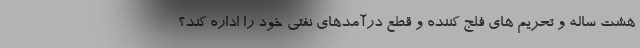
هشت ساله و تحریم های فلج کننده و قطع درآمدهای نفتی خود را اداره کند؟